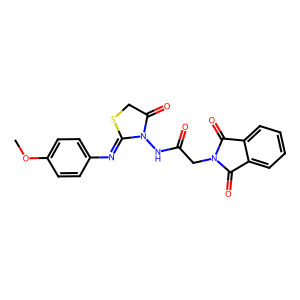
SMILES: COc1ccc(N=C2SCC(=O)N2NC(=O)CN2C(=O)c3ccccc3C2=O)cc1
Inhibits HIV replication: No